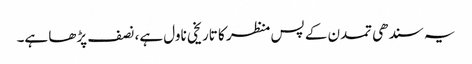
یہ سندھی تمدن کے پس منظر کا تاریخی ناول ہے، نصف پڑھا ہے۔